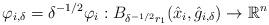
LaTeX: \begin{align*}\varphi_{i,\delta}=\delta^{-1/2}\varphi_i:B_{\delta^{-1/2}r_1}(\hat x_i,\hat g_{i,\delta})\to \mathbb R^n\end{align*}